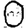
Digit: 0